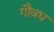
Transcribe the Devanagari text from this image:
गौवध